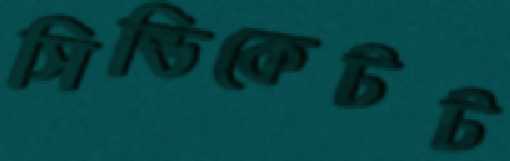
সিন্ডিকেটট